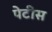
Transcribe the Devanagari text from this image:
पेटीस